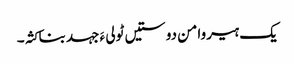
یک ہیروامن دوستیں ٹولی ءَ جہد بناکثہ۔